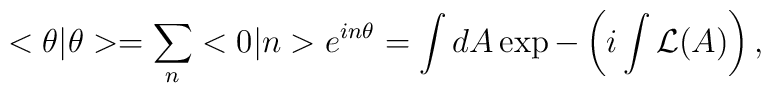
<\theta|\theta> = \sum_n <0 |n>e^{in \theta} = \int dA \exp -\left( i \int {\cal L}(A) \right),